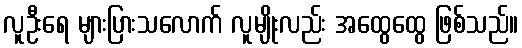
လူဦးရေ များပြားသလောက် လူမျိုးလည်း အထွေထွေ ဖြစ်သည်။